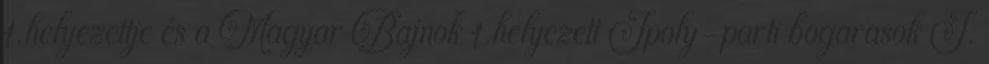
1.helyezettje és a Magyar Bajnok 1.helyezett Ipoly-parti bogarasok I.